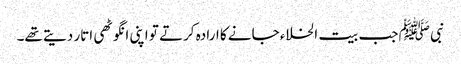
نبی ﷺ جب بیت الخلاء جانے کا ارادہ کرتے تو اپنی انگوٹھی اتار دیتے تھے۔